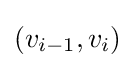
(v_{i-1},v_{i})